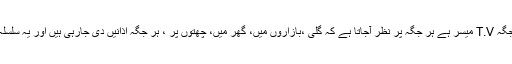
اس وقت ہر جگہ T.V میسر ہے ہر جگہ پر نظر آجاتا ہے کہ گلی ،بازاروں میں، گھر میں، چھتوں پر ، ہر جگہ اذانیں دی جارہی ہیں اور یہ سلسلہ جاری ہے ۔